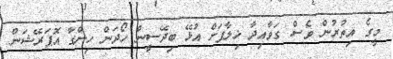
މީގެ އިތުރުން ވެސް ގަވާއިދާ ޚިލާފަށް އުޅޭ ބިދޭސީން ހޯދަން ހިންގާ އޮޕަރޭޝަން